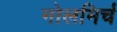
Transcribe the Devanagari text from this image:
गोलमिर्च